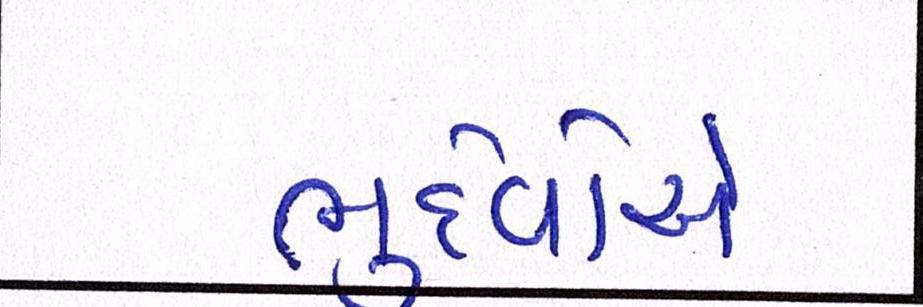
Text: ભુદેવોએ